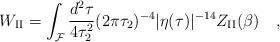
LaTeX: \begin{align*}W_{\rm II} =\int_{\cal F} {{d^2 \tau}\over{4\tau_2^2}} (2 \pi \tau_2 )^{-4} |\eta(\tau)|^{-14} Z_{\rm II} (\beta)\quad ,\end{align*}